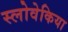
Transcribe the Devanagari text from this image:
स्लोवेकिया